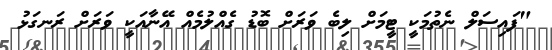
"ފައިސަލް ނެތުމަކީ ޓީމަށް ލިބެ ވަރަށް ބޮޑު ގެއްލުމެއް އޭނާއަކީ ވަރަށް ރަނގަޅު